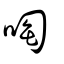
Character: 啕